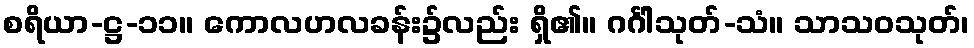
စရိယာ-ဋ္ဌ-၁၁။ ကောလဟလခန်း၌လည်း ရှိ၏။ ဂင်္ဂါသုတ်-သံ။ သာသဝသုတ်၊